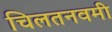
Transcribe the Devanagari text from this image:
चिलतनवमी